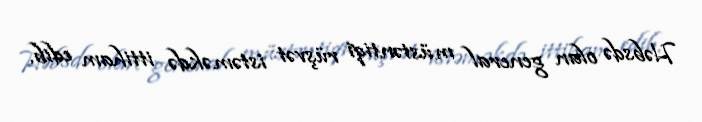
Həbsdə olan general müstəntiqi rüşvət istəməkdə ittiham edib.